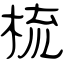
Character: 梳